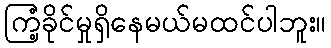
ကြံ့ခိုင်မှုရှိနေမယ်မထင်ပါဘူး။